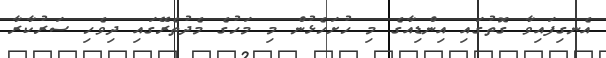
އެނގިފައިވާ ގޮތުގައި އިންޑިއާގެ މި ހުށަހެޅުން މި މަހުގެ މެދުތެރޭގައި ދިވެހި ސަރުކާރާ